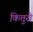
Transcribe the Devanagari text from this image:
कित्तुरो